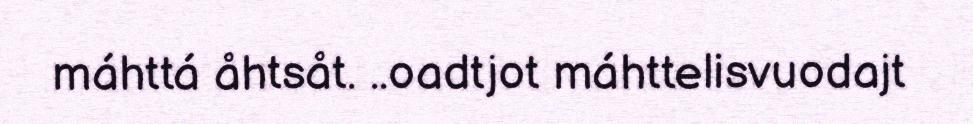
máhttá åhtsåt. ..oadtjot máhttelisvuodajt